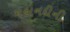
મહાનદીની